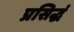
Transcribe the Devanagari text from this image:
प्रसिद्धं